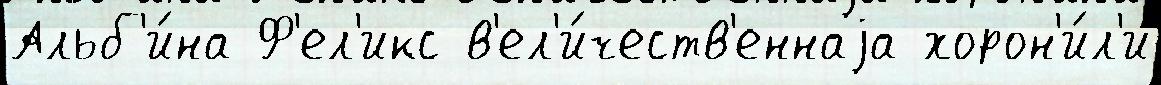
Альб'и́на Ф'ел'икс в'ел'и́честв'еннаjа хорон'и́л'и